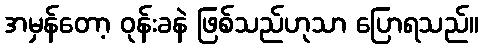
အမှန်တော့ ဝုန်းခနဲ ဖြစ်သည်ဟုသာ ပြောရသည်။